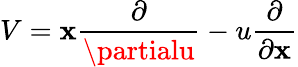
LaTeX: V=\mathbf{x}{\frac{{\partial}}{{\partialu}}}-u{\frac{{\partial}}{{\partial\mathbf{x}}}}